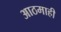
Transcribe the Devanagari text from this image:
आठमाही